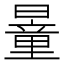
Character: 𣊹